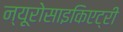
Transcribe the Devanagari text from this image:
न्यूरोसाइकिएट्री